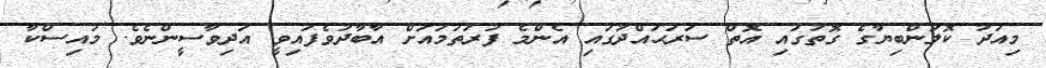
މިއަދު ކޮލަންބިޔާގެ ގޮތުގައި އޮތް ސަރަޙައްދުގައި އެންމެ ފުރަތަމައަށް އާބާދުވެފައިިވީ އަދިވާސީންނެވެ. މުއިސްކާ